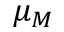
\mu _ { M }